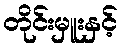
တိုင်းမှူးနှင့်